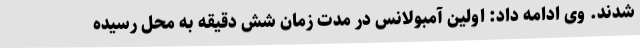
شدند. وی ادامه داد: اولین آمبولانس در مدت زمان شش دقیقه به محل رسیده